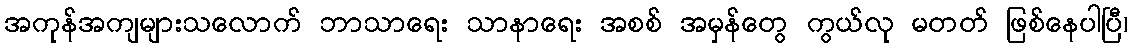
အကုန်အကျများသလောက် ဘာသာရေး သာနာရေး အစစ် အမှန်တွေ ကွယ်လု မတတ် ဖြစ်နေပါပြီ၊